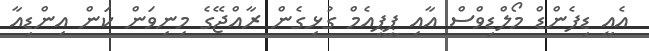
އެއީ ޑިފެންޑް މޯލްޑިވްސް އާއި ޕީޕީއެމް ގުޅިގެން ރާއްޖޭގެ މިނިވަން ކަން އިންޑިއާ